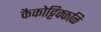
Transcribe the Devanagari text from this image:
कैकोट्टिक्कळि